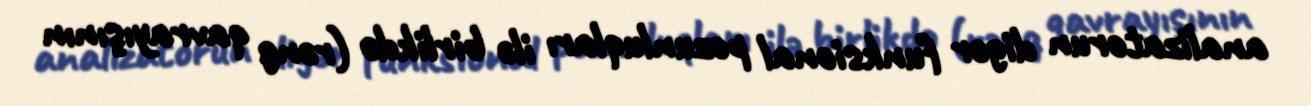
analizatorun digər funksional pozunluqları ilə birlikdə (rəng qavrayışının